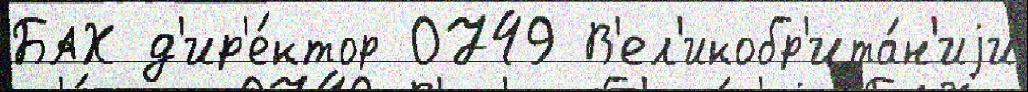
БАХ д'ир'е́ктор 0749 В'ел'икобр'ита́н'иjи